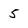
Character: 5